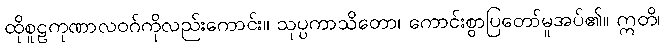
ထိုစူဠကုဏာလဝဂ်ကိုလည်းကောင်း။ သုပ္ပကာသိတော၊ ကောင်းစွာပြတော်မူအပ်၏။ ဣတိ၊